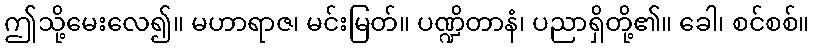
ဤသို့မေးလေ၍။ မဟာရာဇ၊ မင်းမြတ်။ ပဏ္ဍိတာနံ၊ ပညာရှိတို့၏။ ခေါ၊ စင်စစ်။